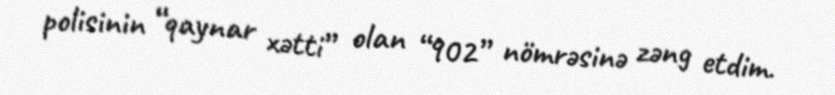
polisinin “qaynar xətti” olan “902” nömrəsinə zəng etdim.